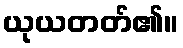
ယုယတတ်၏။